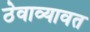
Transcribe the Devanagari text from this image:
ठेवाव्यावत